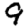
Digit: 9